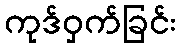
ကုဒ်ဝှက်ခြင်း